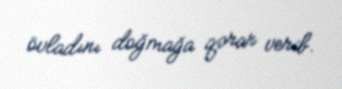
övladını doğmağa qərar verib.